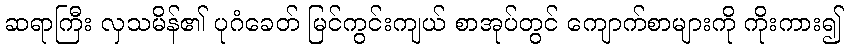
ဆရာကြီး လှသမိန်၏ ပုဂံခေတ် မြင်ကွင်းကျယ် စာအုပ်တွင် ကျောက်စာများကို ကိုးကား၍